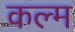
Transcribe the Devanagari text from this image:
कल्म